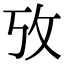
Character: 攷